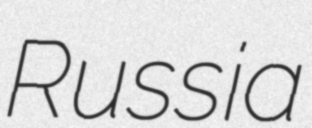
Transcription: Russia